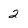
Character: 2